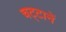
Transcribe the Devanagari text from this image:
चट्‍टानें